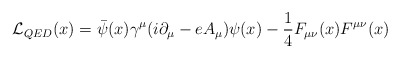
\begin{align*}{\cal{L}}_{QED} (x) = \bar {\psi} (x) \gamma^{\mu} (i \partial_{\mu} - e A_{\mu})\psi (x) - \frac {1}{4} F_{\mu \nu} (x) F^{\mu \nu} (x)\end{align*}